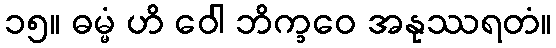
၁၅။ ဓမ္မံ ဟိ ဝေါ ဘိက္ခဝေ အနုဿရတံ။